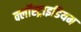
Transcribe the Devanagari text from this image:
क्लॉस्ट्राइडियम